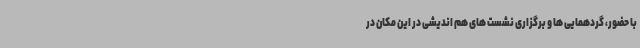
با حضور، گردهمایی ها و برگزاری نشست های هم اندیشی در این مکان در